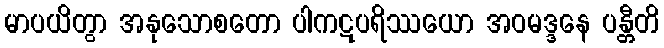
မာပယိတွာ အနုသောစတော ပါကဋပရိဿယော အဝမဒ္ဒနေ ပန္တီတိ